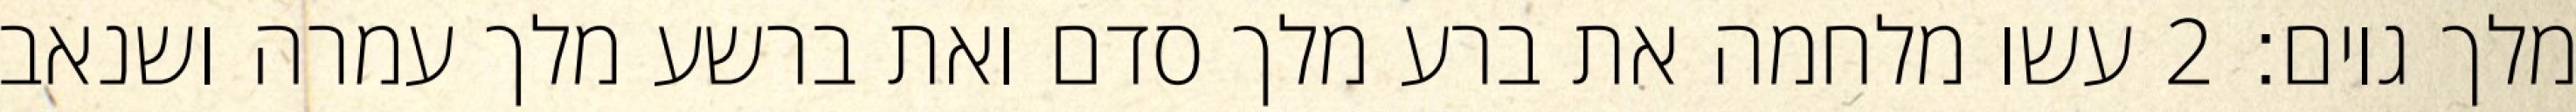
מלך גוים׃ ‎2‏ עשו מלחמה את ברע מלך סדם ואת ברשע מלך עמרה ושנאב